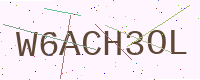
Text: W6ACH3OL